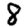
Digit: 8